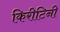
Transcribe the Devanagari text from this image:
किरीटिनी